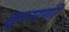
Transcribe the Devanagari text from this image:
सुरमणी